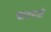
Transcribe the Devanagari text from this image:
चायपत्ती